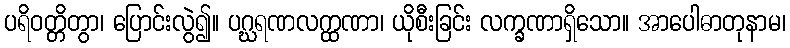
ပရိဝတ္တိတွာ၊ ပြောင်းလွဲ၍။ ပဂ္ဃရဏလက္ထဏာ၊ ယိုစီးခြင်း လက္ခဏာရှိသော။ အာပေါဓာတုနာမ၊